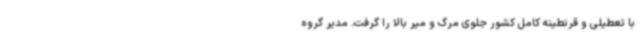
با تعطیلی و قرنطینه کامل کشور جلوی مرگ و میر بالا را گرفت. مدیر گروه